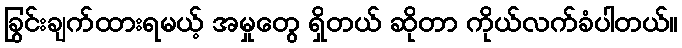
ခြွင်းချက်ထားရမယ့် အမှုတွေ ရှိတယ် ဆိုတာ ကိုယ်လက်ခံပါတယ်။